Document type: Grant of rights
Year: 1280
Scribe: Pere Marc
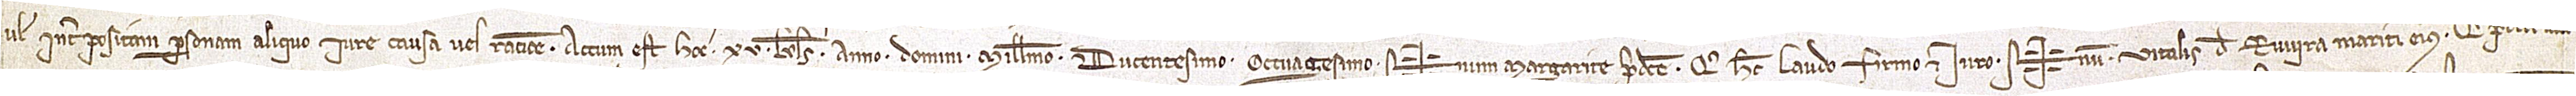
vel interpositam personam, aliquo, iure, causa vel ratione. Actum est hoc XV kalendas septembris,  anno Domini millesimo ducentesimo octuagesimo. Sig+num Margarite predicte, qui hec laudo, firmo et iuro. Sig+num Vitalis de Ruvira, mariti eius, qui predicta lau-